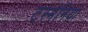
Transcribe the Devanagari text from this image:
टस्मेनिया